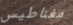
مغناطيس